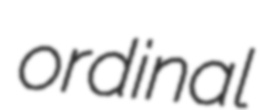
ordinal